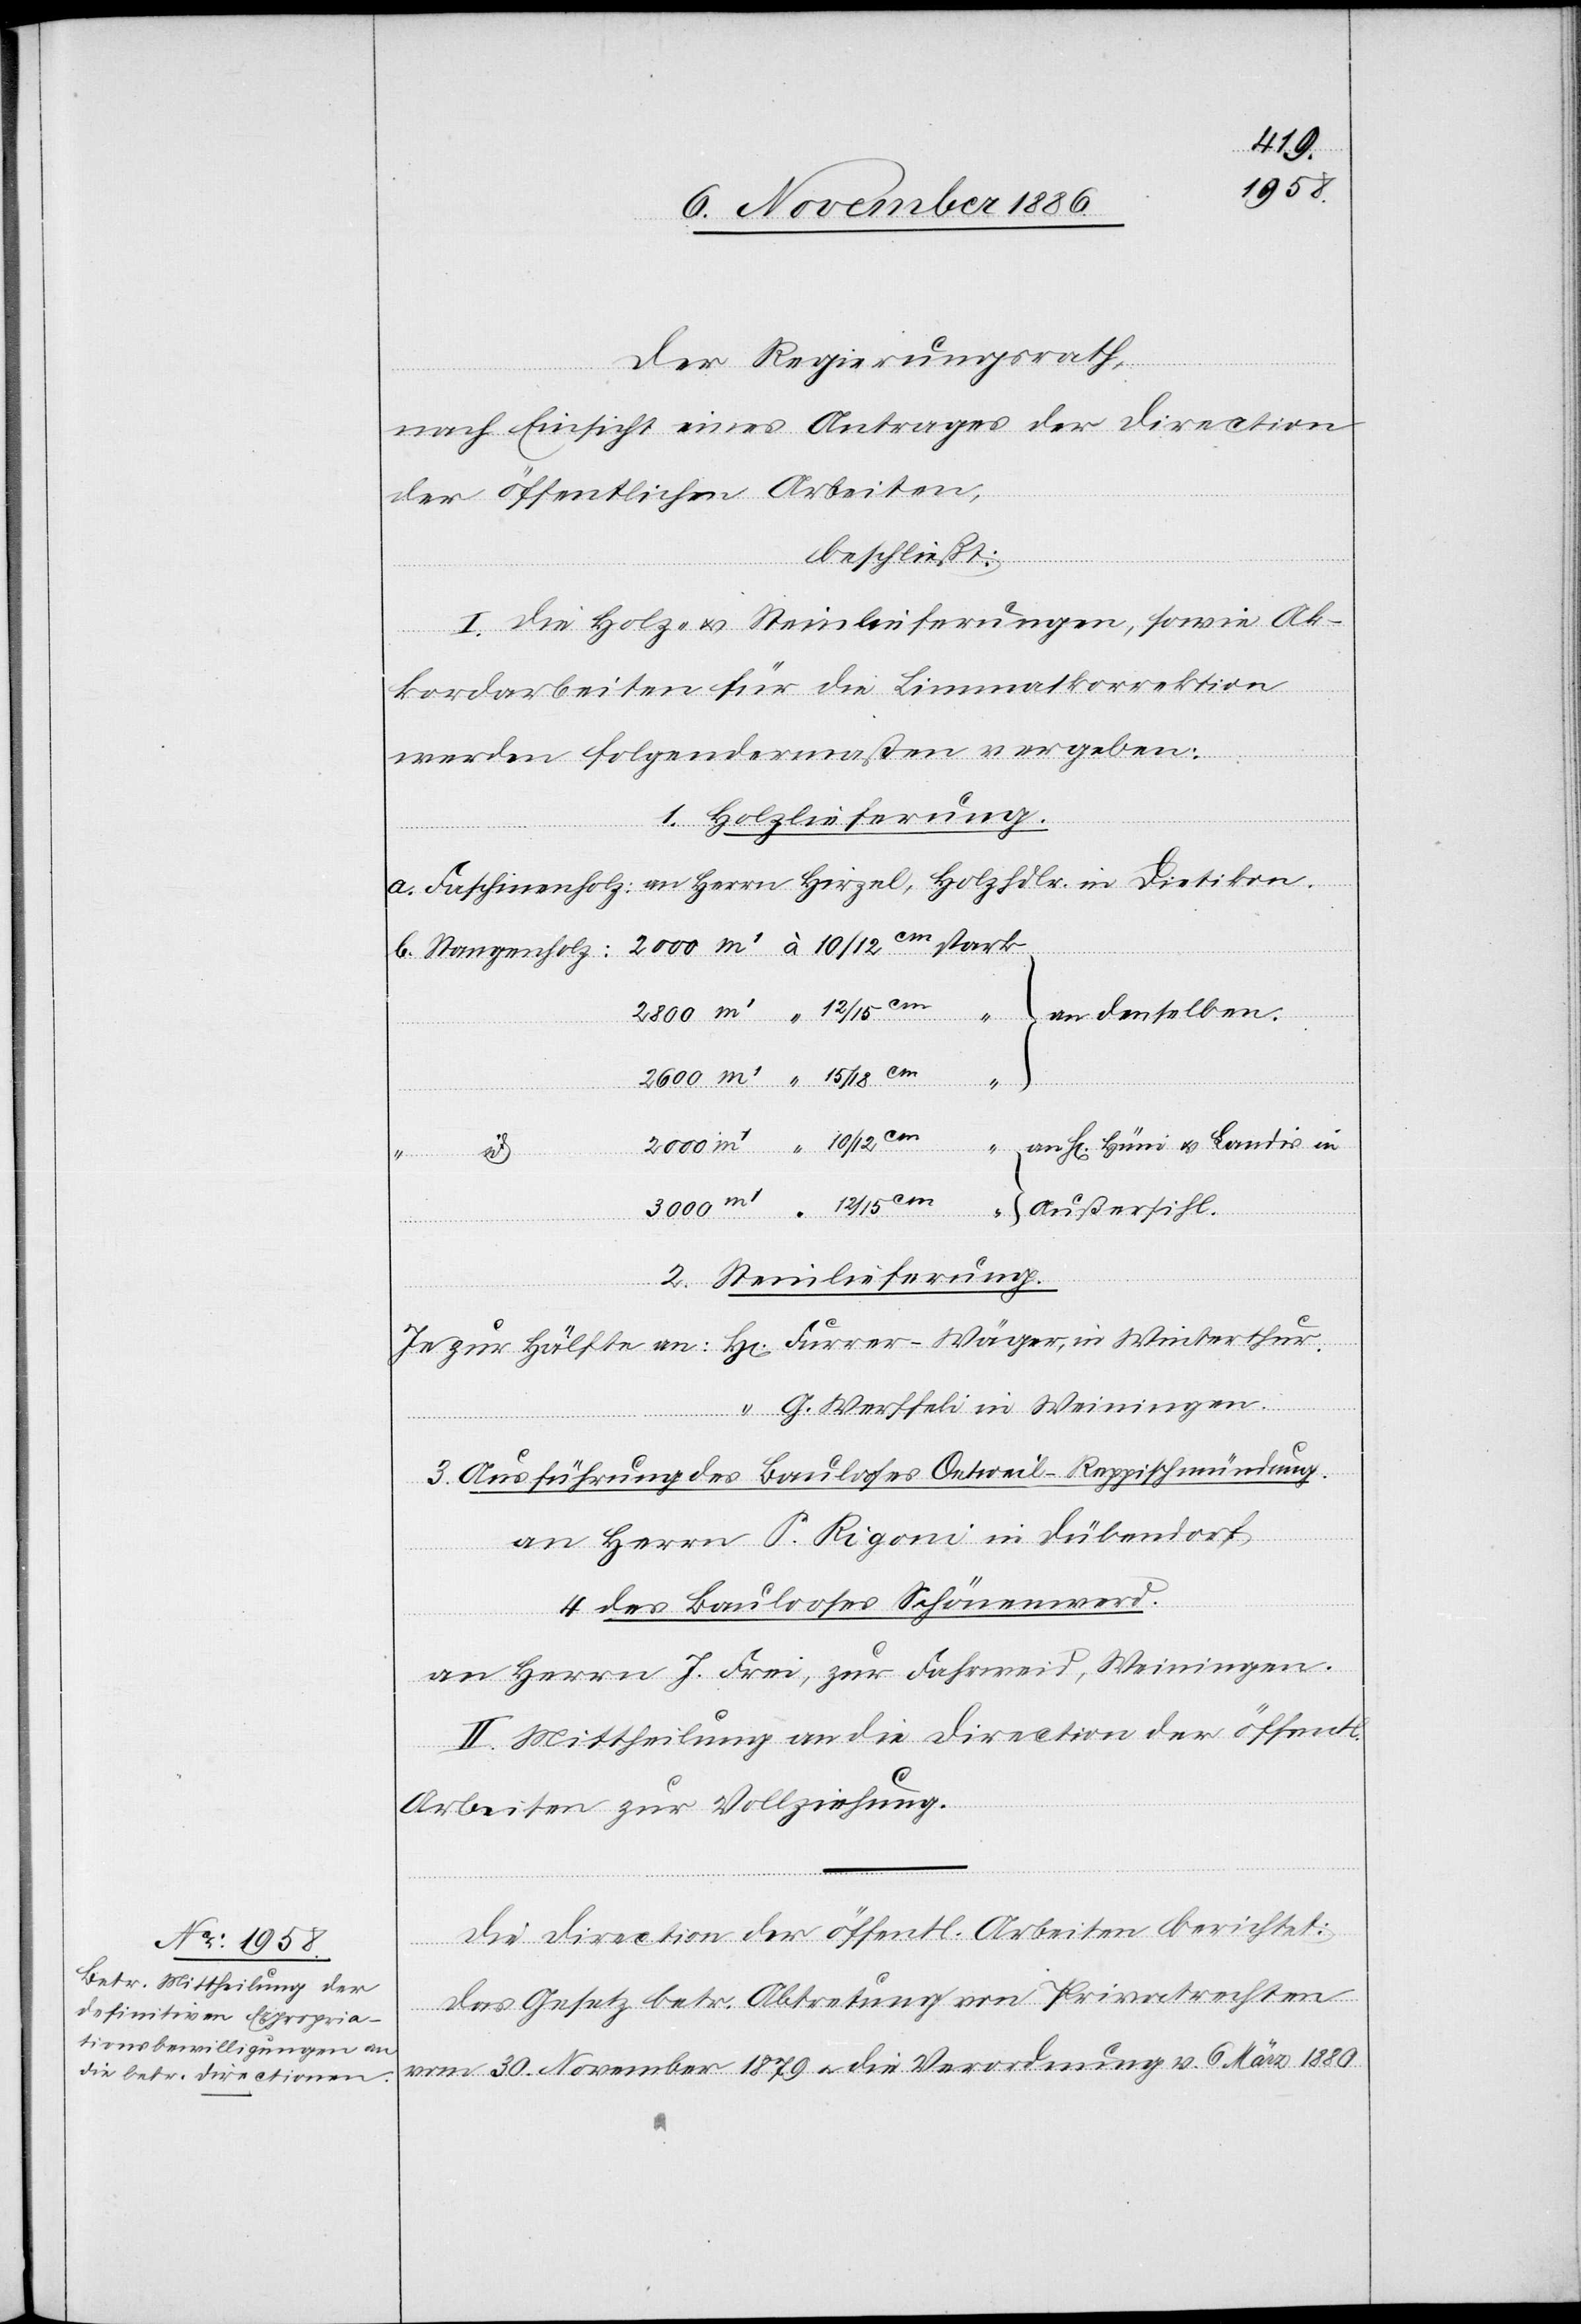
Der Regierungsrath,
nach Einsicht eines Antrages der Direction
der öffentlichen Arbeiten,
beschließt:
I. Die Holz- & Steinlieferungen, sowie Ak¬
“
kordarbeiten für die Limmatkorrektion
dens¬
werden folgendermaßen vergeben:
1. Holzlieferung.
a. Faschinenholz: an Herrn Hirzel, Holzhdlr. in Dietikon.
Landis in Außersihl.
2. Steinlieferung.
Je zur Hälfte an: H[errn] Furrer-Wäger, in Winterthur.
G. Werffeli in Weinigen.
3. Ausführung des Baulooses Oetweil–Reppischmündung.
an Herrn S. Rigoni in Dübendorf.
H[errn]
4. des Baulooses Schönenwerd.
Hüni
an Herrn J. Frei, zur Fahrweid, Weiningen.
II. Mittheilung an die Direction der öffentl.
Arbeiten zur Vollziehung.
Die Direction der öffentl. Arbeiten berichtet:
Das Gesetz betr. Abtretung von Privatrechten
vom 30. November 1879 & die Verordnung v. 6. März 1880